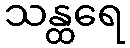
သန္ထရေ